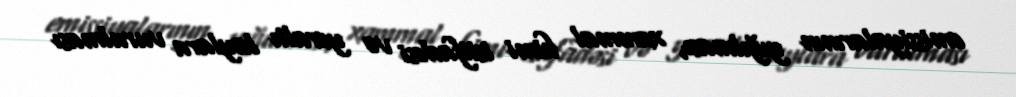
emissiyalarının yığılması, xammal kimi istifadəsi və yeraltı laylara vurulması